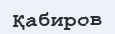
Қабиров